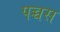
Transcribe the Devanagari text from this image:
पच्चस